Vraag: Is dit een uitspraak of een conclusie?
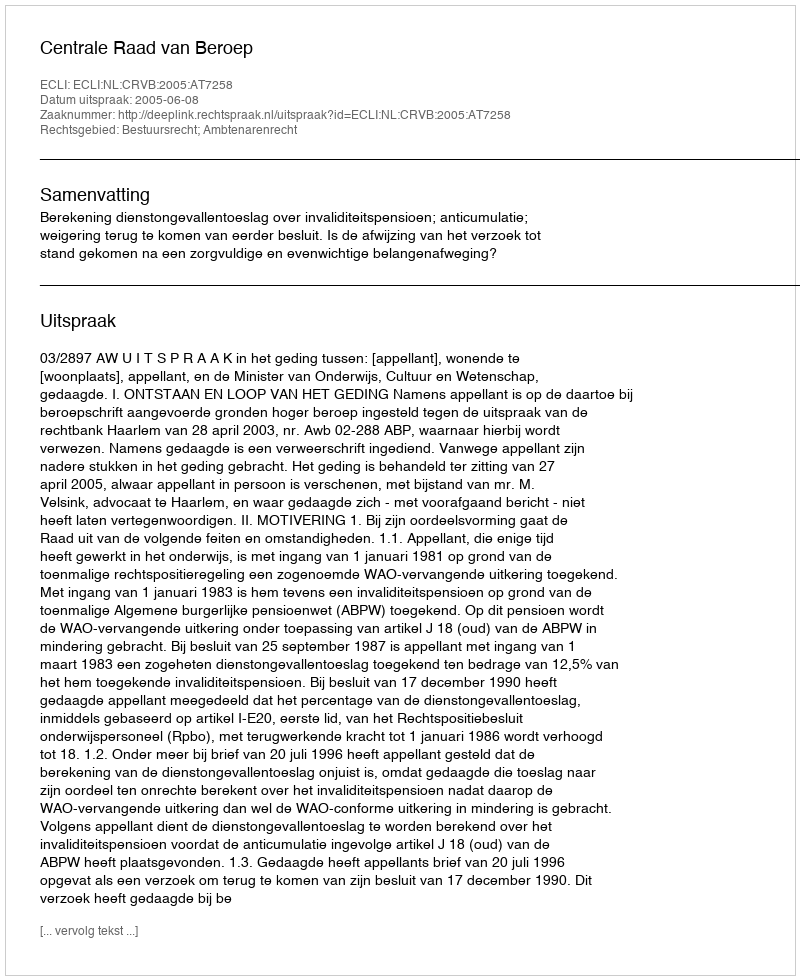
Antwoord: Uitspraak